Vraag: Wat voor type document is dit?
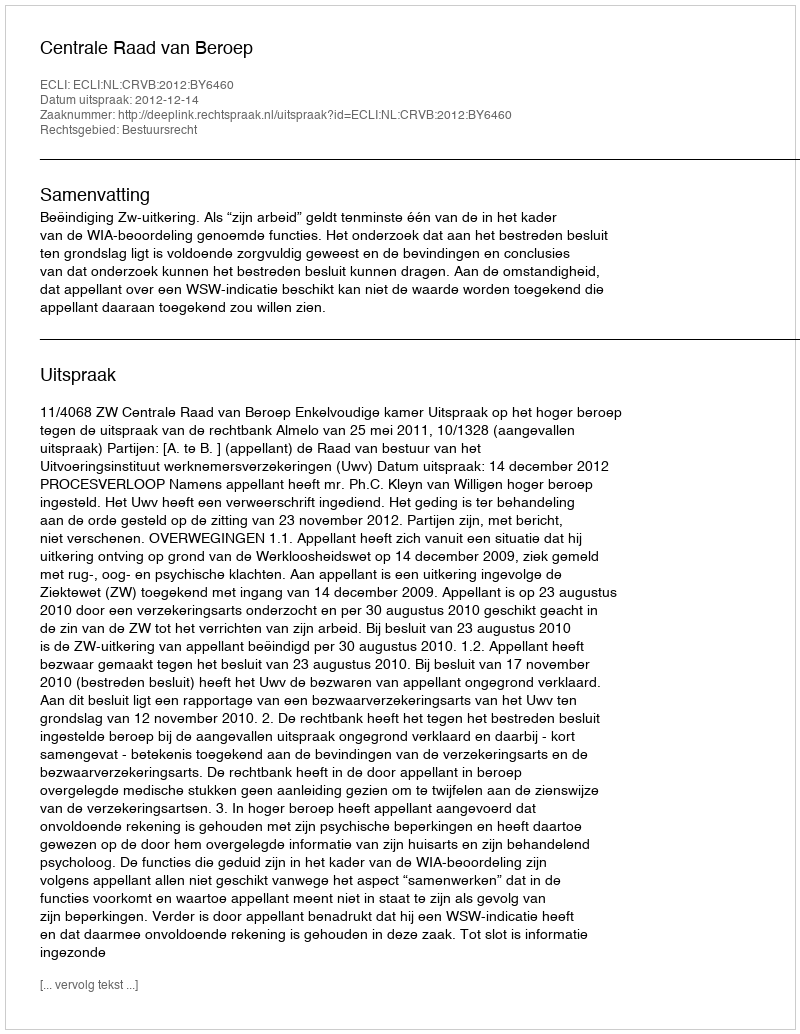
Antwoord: Uitspraak